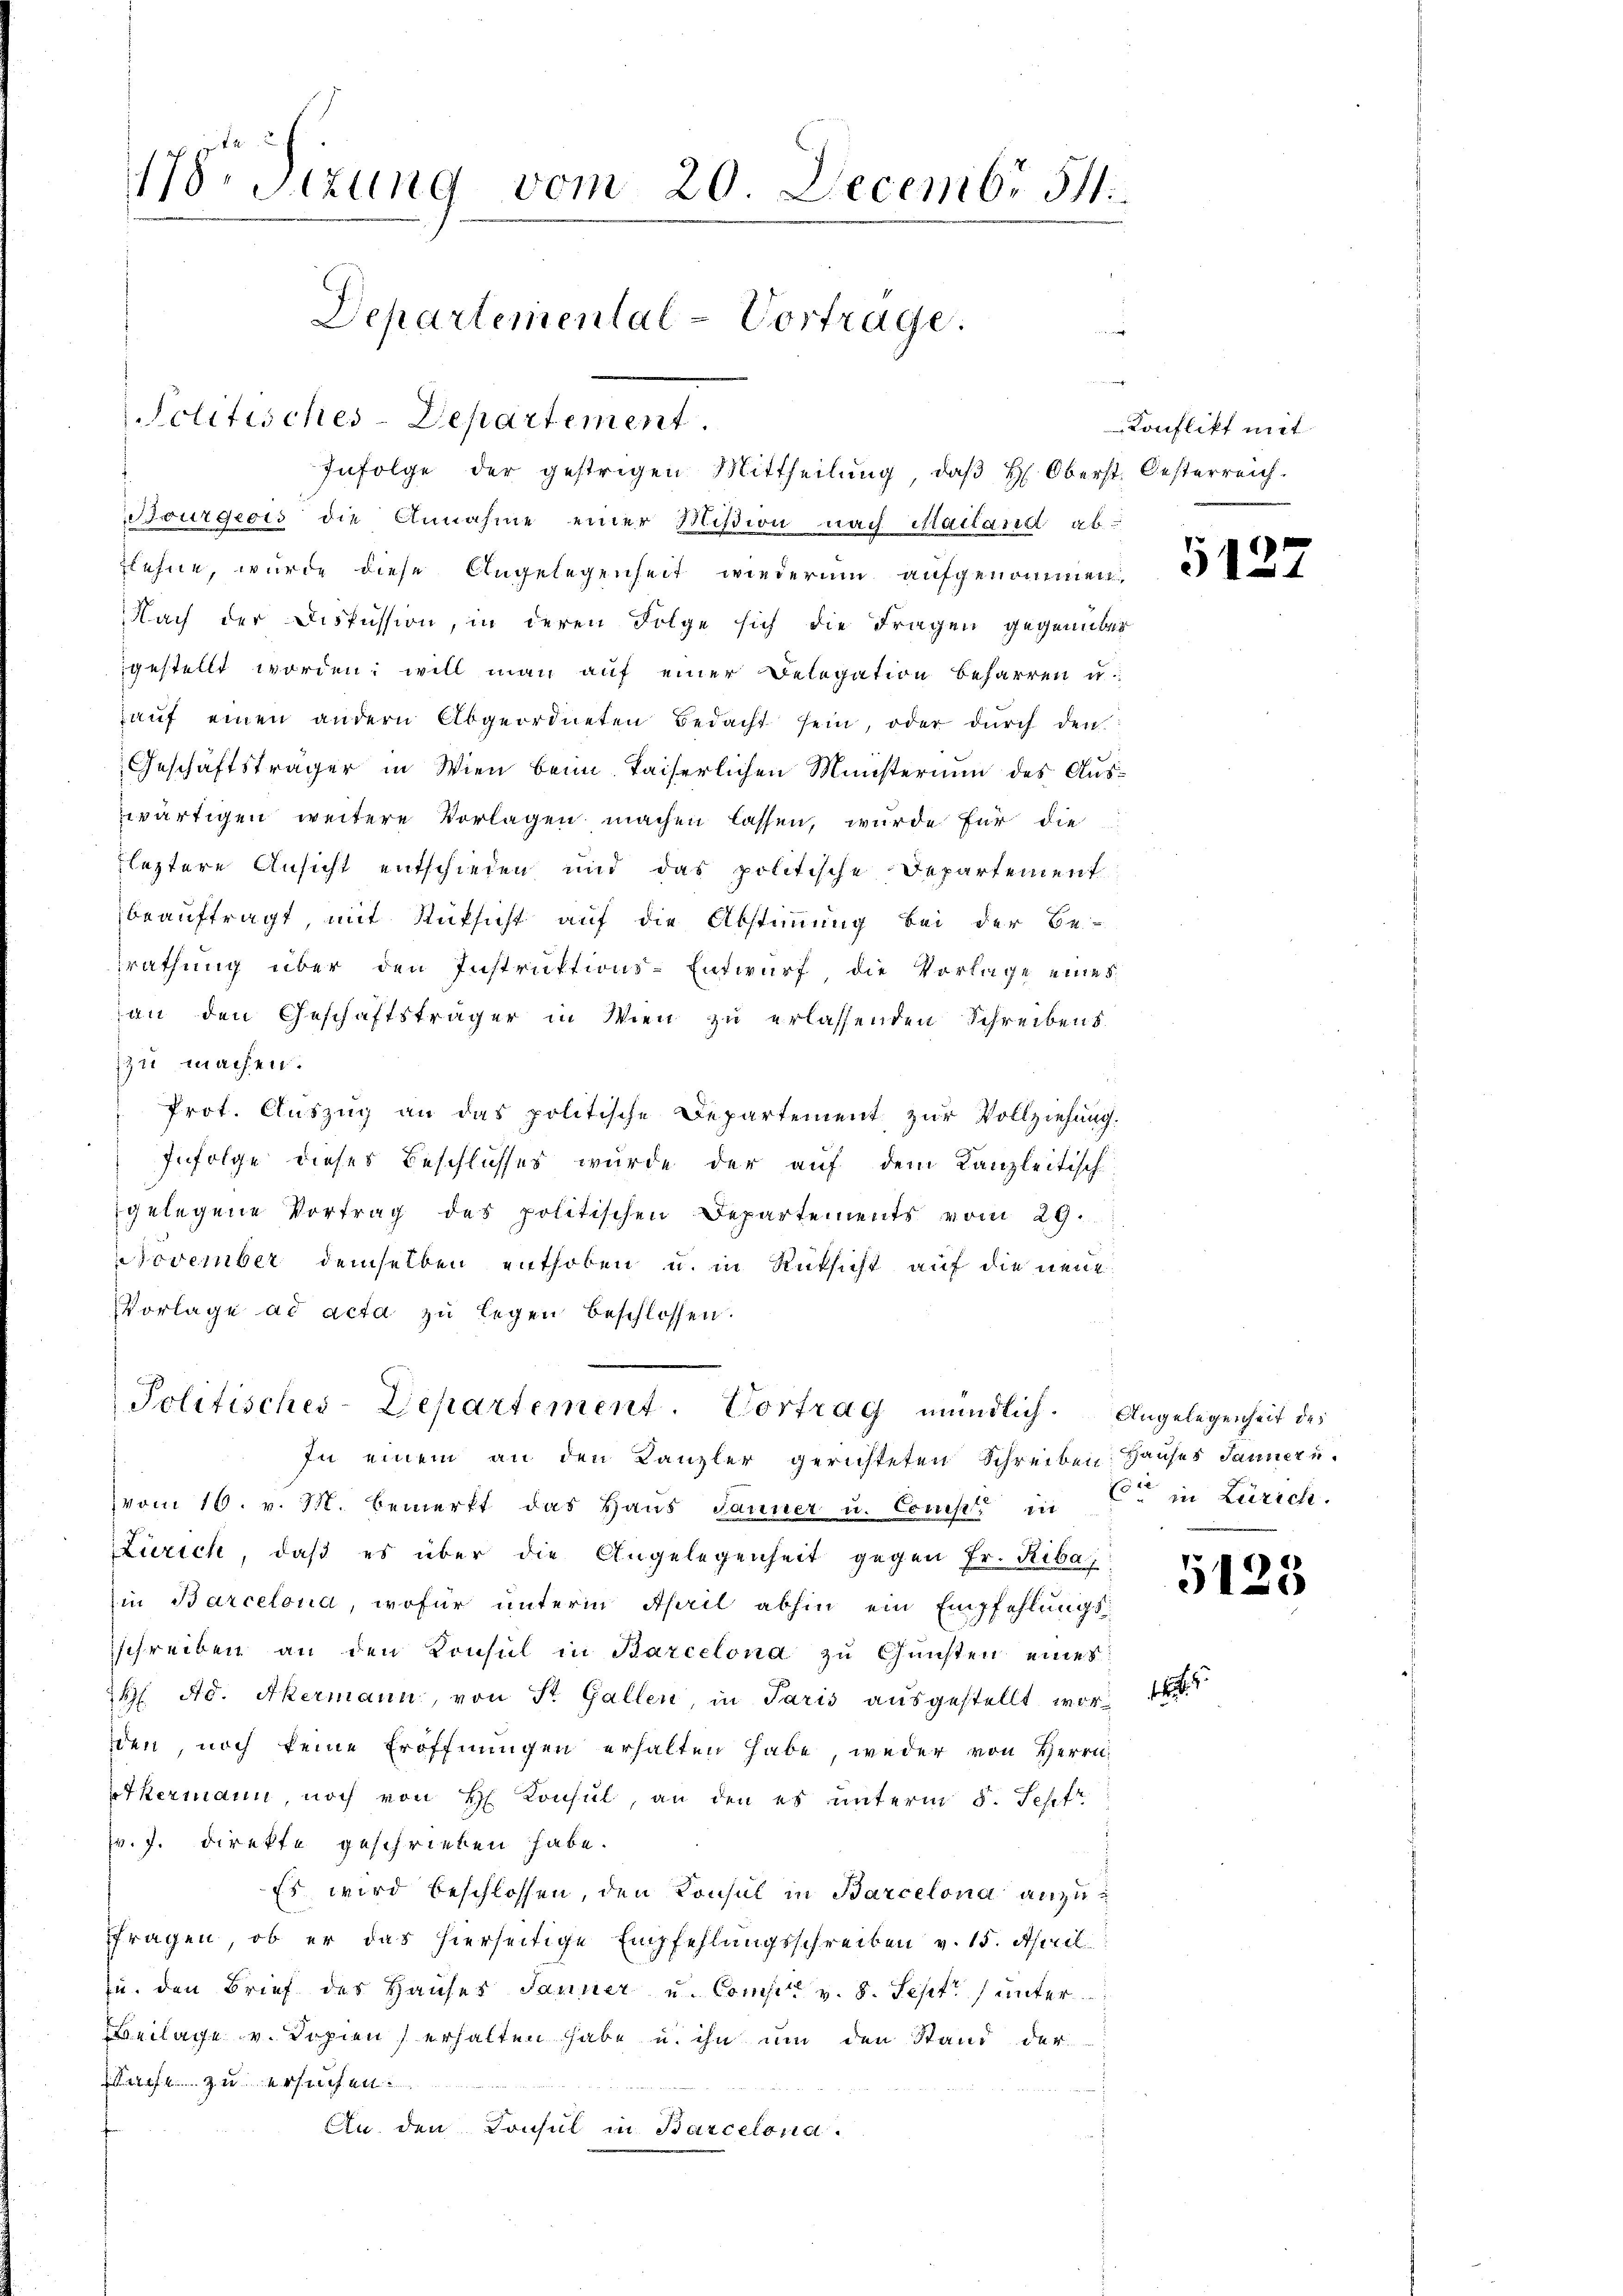
178. Sitzung vom 20. Decembr 51
Departemental-Vortrage.
w

olitisches-Departement
Infolge der gestrigen Mittheilung, daβ H. Oberst Oesterreich.

Bourgeois die Annahme einer Mißion nach Mailand abzlehne, wurde diese Angelegenheit wiederum aufgenommen,
Nach der Discussion, in deren Folge sich die Fragen gegenübe
gestellt worden; will man auf einer Belegation beharren u.
aŭf einen andern Abgeordneten bedacht sein, oder durch den
Geschäftsträger in Wien beim Kaiserlichen Ministerium des Auszwärtigen weitere Vorlagen machen lassen, wurde für die
leztere Ansicht entschieden und das politische Departement
beauftragt, mit Rüksicht auf die Abstimmung bei der Be-
srathung über den Instruktions-Entwurf die Vorlage eines
an den Geschäftsträger in Wien zŭ erlassenden Schreibens
zu machen.
Prot. Auszug an das politische Departement zur Vollziehung.
Infolge dieses Beschlusses wurde der auf dem Kanzleitisch
gelegene Vortrag des politischen Departements vom 29.
November demselben enthoben u. in Rüksicht auf die neue
Vorlage ad acta zu legen beschlossen.
Politisches-Departement. Vortrag mündlich. Angelegenheit des
In einem an den Kanzler gerichteten Schreiben Hauses Jaunezu-
vom 16. v. M. bemerkt das Haus Panner u. Compt in in Zürich.
Zürich, daß es über die Angelegenheit gegen Fr. Riba
in Barcelona, wofür unterm April abhin ein Empfehlungs-
schreiben an den Konsul in Barcelona zu Gunsten eines
H. Ad. Akermann, von St. Gallen, in Paris ausgestellt wor
den, noch keine Eröffnŭngen erhalten habe, weder von Herrn
etkermann, noch von H. Konsul, an den es unterm 5. Sept.
v. J. Direkte geschrieben habe.
Es wird beschlossen, den Konsul in Barcelona anzu¬
Fragen, ob er das hierseitige Empfehlungsschreiben v. 15. April
u. den Brief des Hauses Jauner u. Comp. v. 8. Sept.) unter
Beilage v. Dopien erhalten habe u. ihn um den Stand der
zurufen
An den Consul in Barcelona.

Konflikt mit

5127

5123